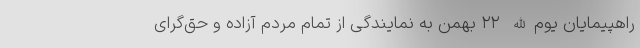
راهپیمایان یوم‌الله ۲۲ بهمن به نمایندگی از تمام مردم آزاده و حق‌گرای